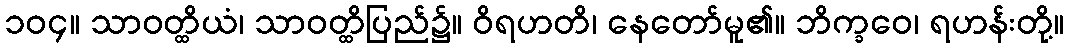
၁၀၄။ သာဝတ္ထိယံ၊ သာဝတ္ထိပြည်၌။ ဝိရဟတိ၊ နေတော်မူ၏။ ဘိက္ခဝေ၊ ရဟန်းတို့။